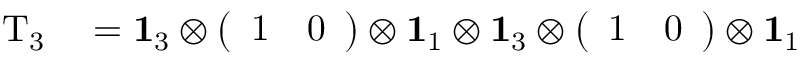
\begin{array} { r l } { \mathrm { T } _ { 3 } } & { { } = \mathbf { 1 } _ { 3 } \otimes \left( \begin{array} { l l } { 1 } & { 0 } \end{array} \right) \otimes \mathbf { 1 } _ { 1 } \otimes \mathbf { 1 } _ { 3 } \otimes \left( \begin{array} { l l } { 1 } & { 0 } \end{array} \right) \otimes \mathbf { 1 } _ { 1 } } \end{array}